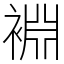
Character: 裫